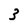
Character: 3